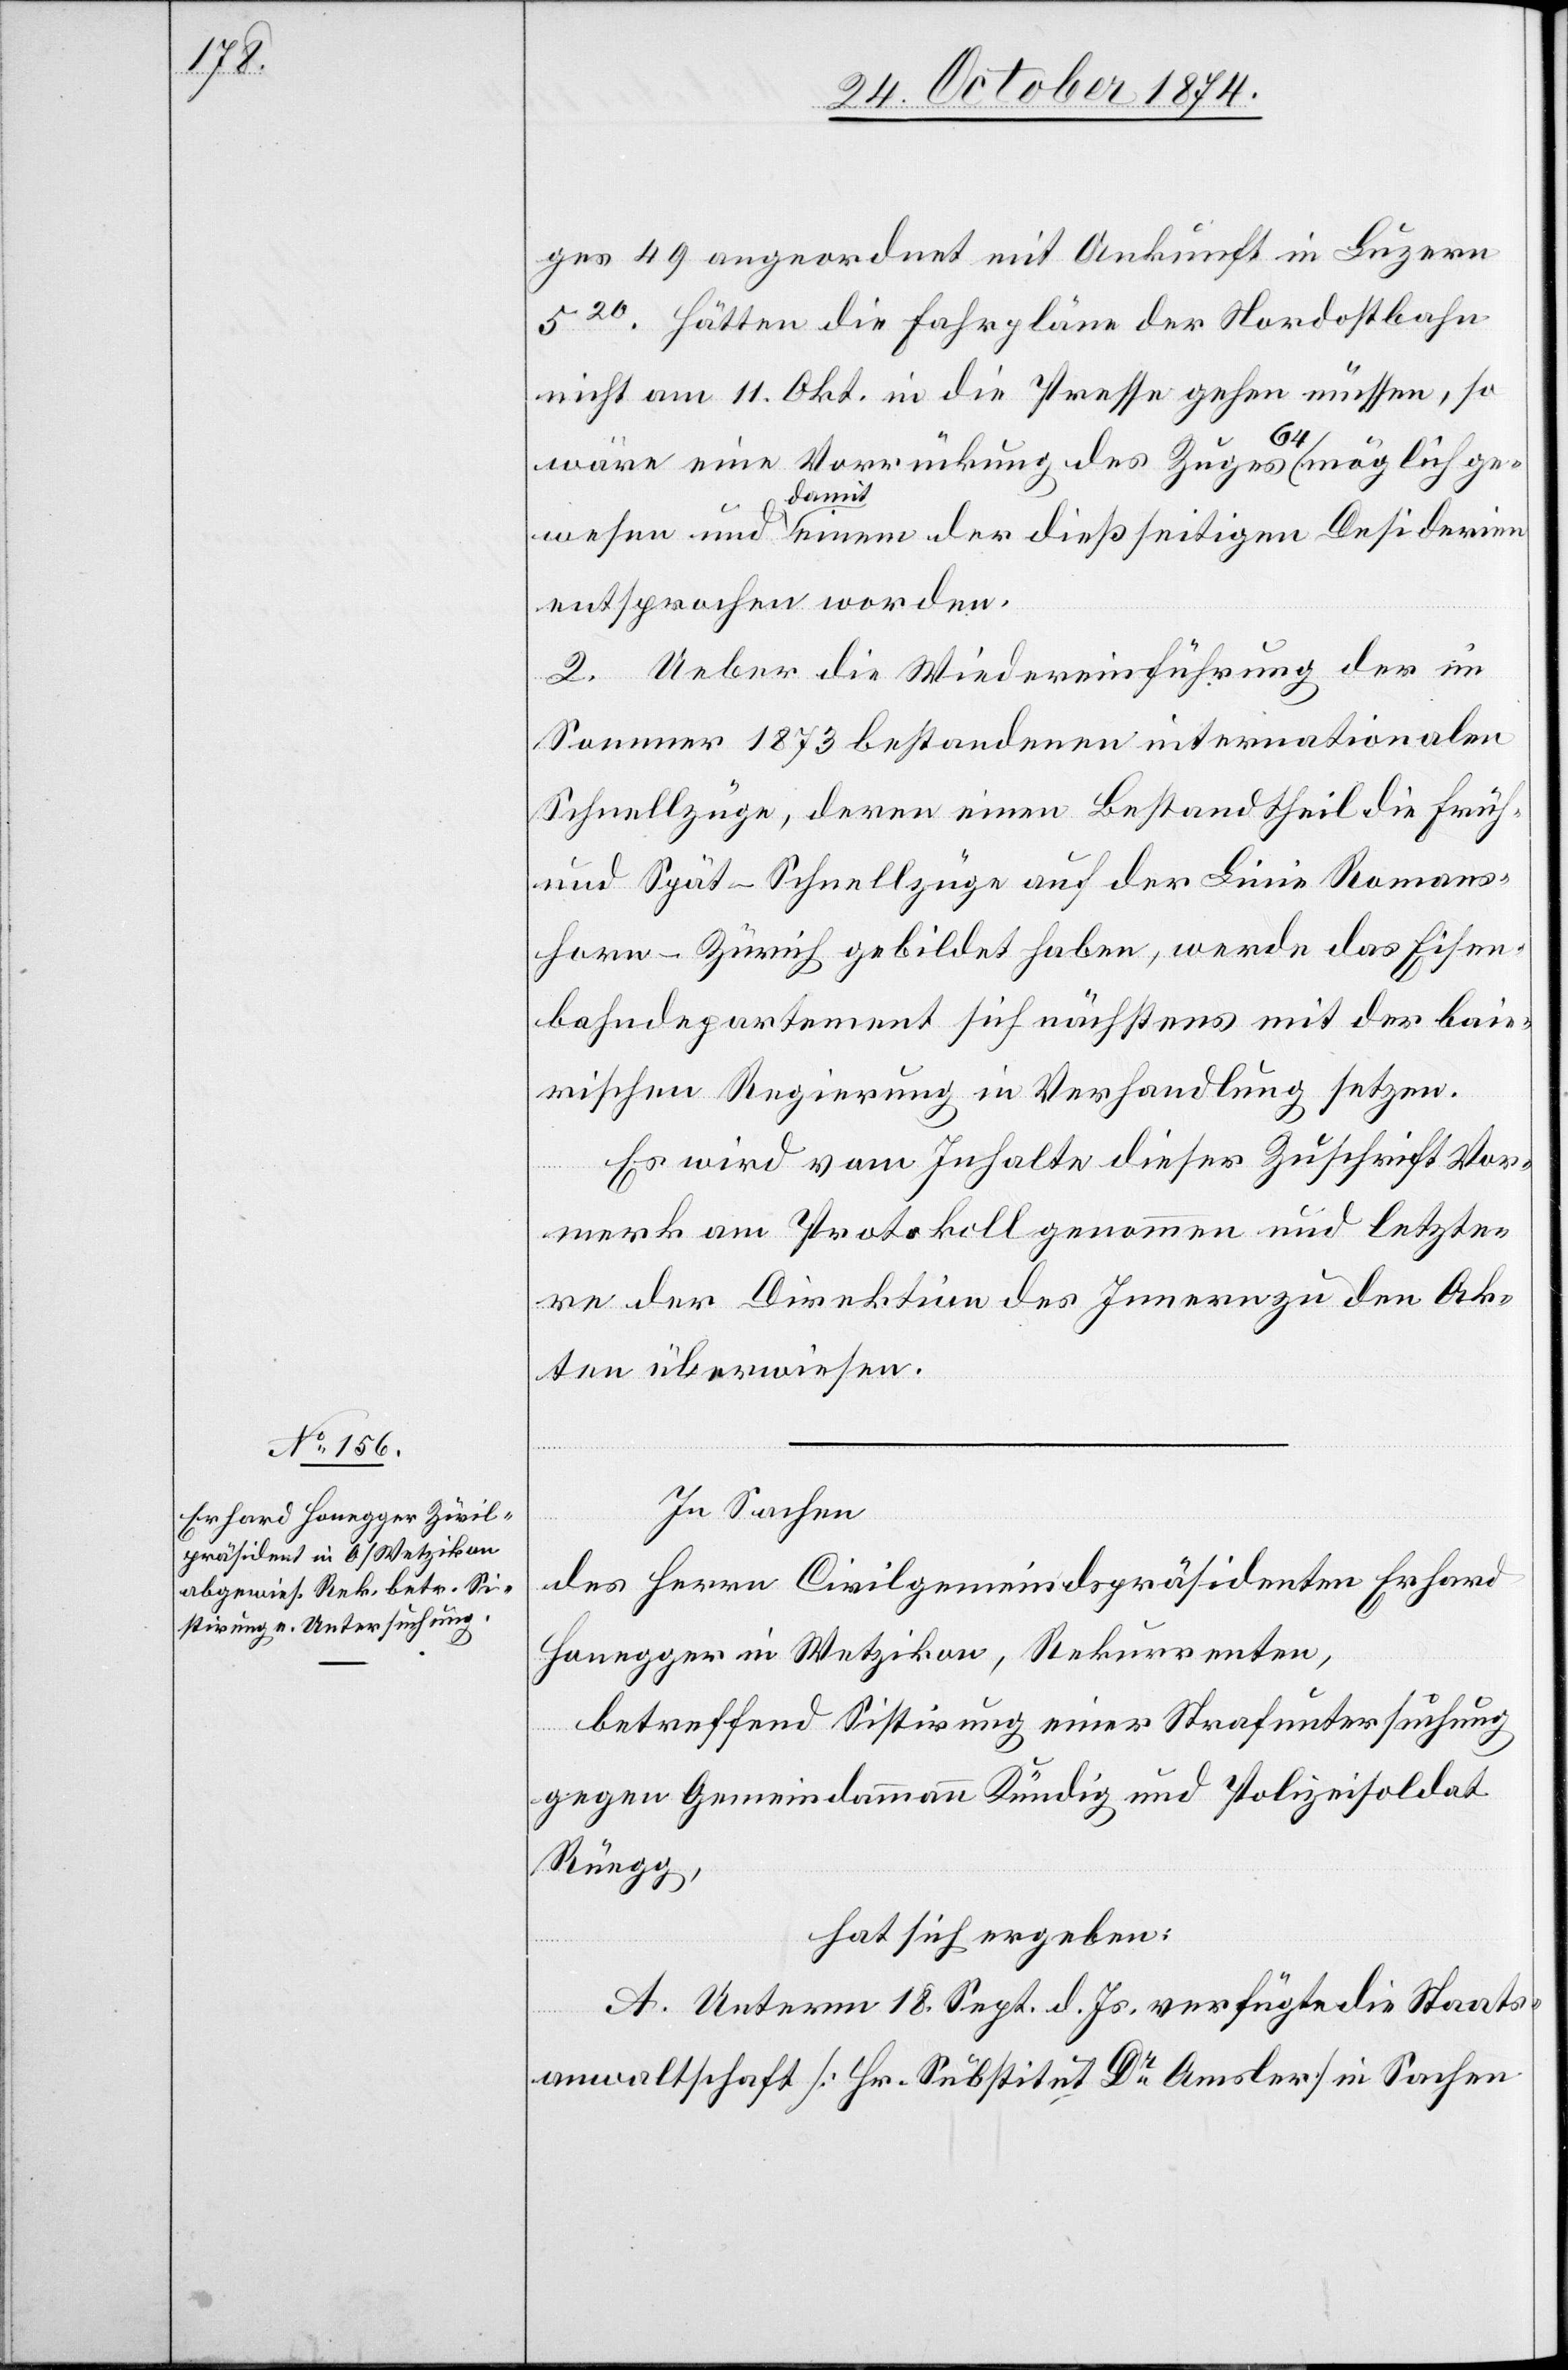
ges 49 angeordert mit Ankunft in Luzern
520. Hätten die Fahrpläne der Nordostbahn
nicht am 11. Okt. in die Presse gehen müssen, so
wäre eine Vorrückung des Zuges 64 möglich ge¬
wesen und damit einem der dießseitigen Desiderien
entsprochen worden.
2. Ueber die Wiedereinführung der im
Sommer 1873 bestandenen internationalen
Schnellzüge, deren einen Bestandtheil die Früh-
und Spät-Schnellzüge auf der Linie Romans¬
horn–Zürich gebildet haben, werde das Eisen¬
bahndepartement sich nächstens mit der baie¬
rischen Regierung in Verhandlung setzen.
Es wird vom Inhalte dieser Zuschrift Vor¬
merk am Protokoll genommen und letzte¬
re der Direktion des Innern zu den Ak¬
ten überwiesen.
In Sachen
des Herrn Civilgemeindspräsidenten Erhard
Honegger in Wetzikon, Rekurrenten,
betreffend Sistirung einer Strafuntersuchung
gegen Gemeindamman Kündig und Polizeisoldat
Rüegg,
hat sich ergeben:
A. Unterm 18. Sept. d. Js. verfügte die Staats¬
anwaltschaft [Hr. Substitut Dr Amsler] in Sachen